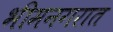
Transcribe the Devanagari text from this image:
भीमनगरात